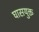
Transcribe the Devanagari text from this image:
घासयुक्त